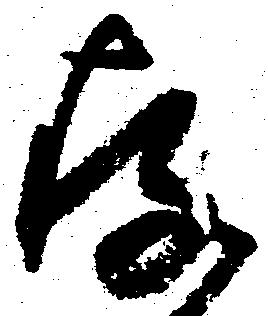
存